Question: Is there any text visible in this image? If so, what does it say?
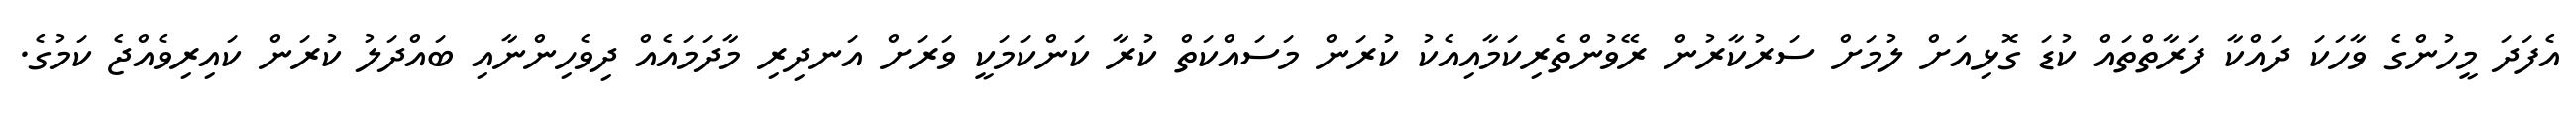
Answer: އެފަދަ މީހުންގެ ވާހަކަ ދައްކާ ފަރާތްތައް ކުޑަ ގޮޅިއަށް ލުމަށް ސަރުކާރުން ރޭވުންތެރިކަމާއިއެކު ކުރަން މަސައްކަތް ކުރާ ކަންކަމަކީ ވަރަށް އަނދިރި މާދަމައެއް ދިވެހިންނާއި ބައްދަލު ކުރަން ކައިރިވެއްޖެ ކަމުގެ.